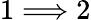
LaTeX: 1\Longrightarrow 2